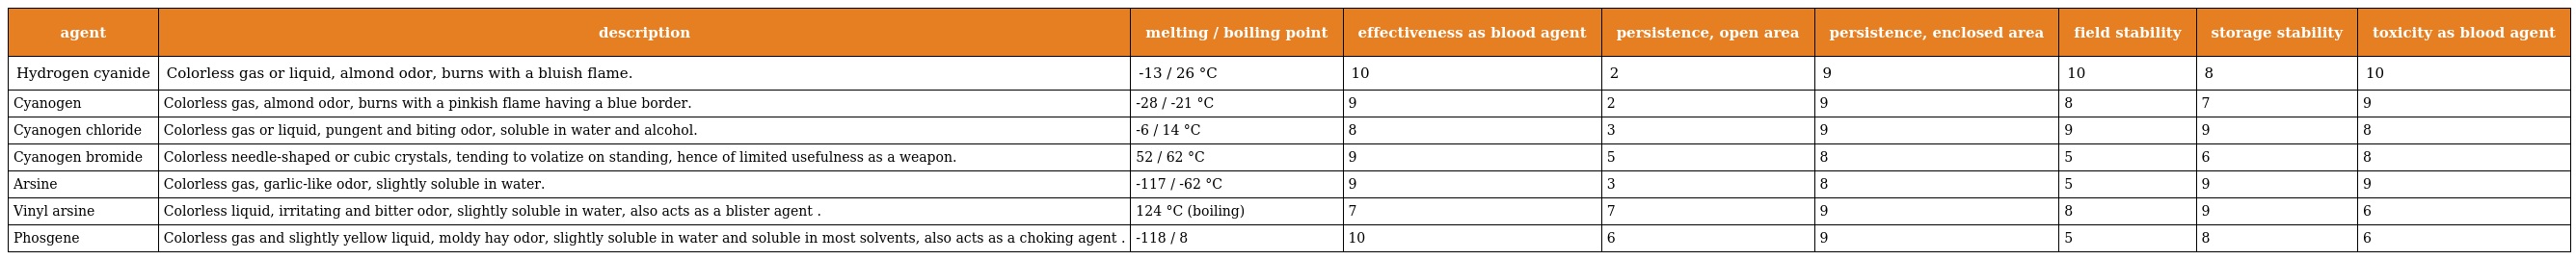
| agent | description | melting / boiling point | effectiveness as blood agent | persistence, open area | persistence, enclosed area | field stability | storage stability | toxicity as blood agent |
 | --- | --- | --- | --- | --- | --- | --- | --- | --- |
 | Hydrogen cyanide | Colorless gas or liquid, almond odor, burns with a bluish flame. | -13 / 26 °C | 10 | 2 | 9 | 10 | 8 | 10 |
 | Cyanogen | Colorless gas, almond odor, burns with a pinkish flame having a blue border. | -28 / -21 °C | 9 | 2 | 9 | 8 | 7 | 9 |
 | Cyanogen chloride | Colorless gas or liquid, pungent and biting odor, soluble in water and alcohol. | -6 / 14 °C | 8 | 3 | 9 | 9 | 9 | 8 |
 | Cyanogen bromide | Colorless needle-shaped or cubic crystals, tending to volatize on standing, hence of limited usefulness as a weapon. | 52 / 62 °C | 9 | 5 | 8 | 5 | 6 | 8 |
 | Arsine | Colorless gas, garlic-like odor, slightly soluble in water. | -117 / -62 °C | 9 | 3 | 8 | 5 | 9 | 9 |
 | Vinyl arsine | Colorless liquid, irritating and bitter odor, slightly soluble in water, also acts as a blister agent . | 124 °C (boiling) | 7 | 7 | 9 | 8 | 9 | 6 |
 | Phosgene | Colorless gas and slightly yellow liquid, moldy hay odor, slightly soluble in water and soluble in most solvents, also acts as a choking agent . | -118 / 8 | 10 | 6 | 9 | 5 | 8 | 6 |